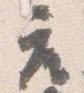
座